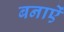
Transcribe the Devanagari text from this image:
बनाऐं